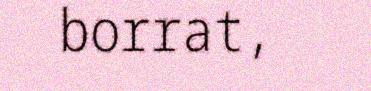
borrat,